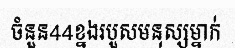
ចំនួន44ខ្នងរបួសមនុស្សម្នាក់